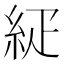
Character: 𥿇